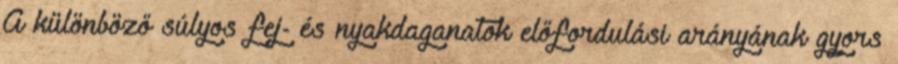
A különböző súlyos fej- és nyakdaganatok előfordulási arányának gyors